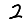
Digit: 2